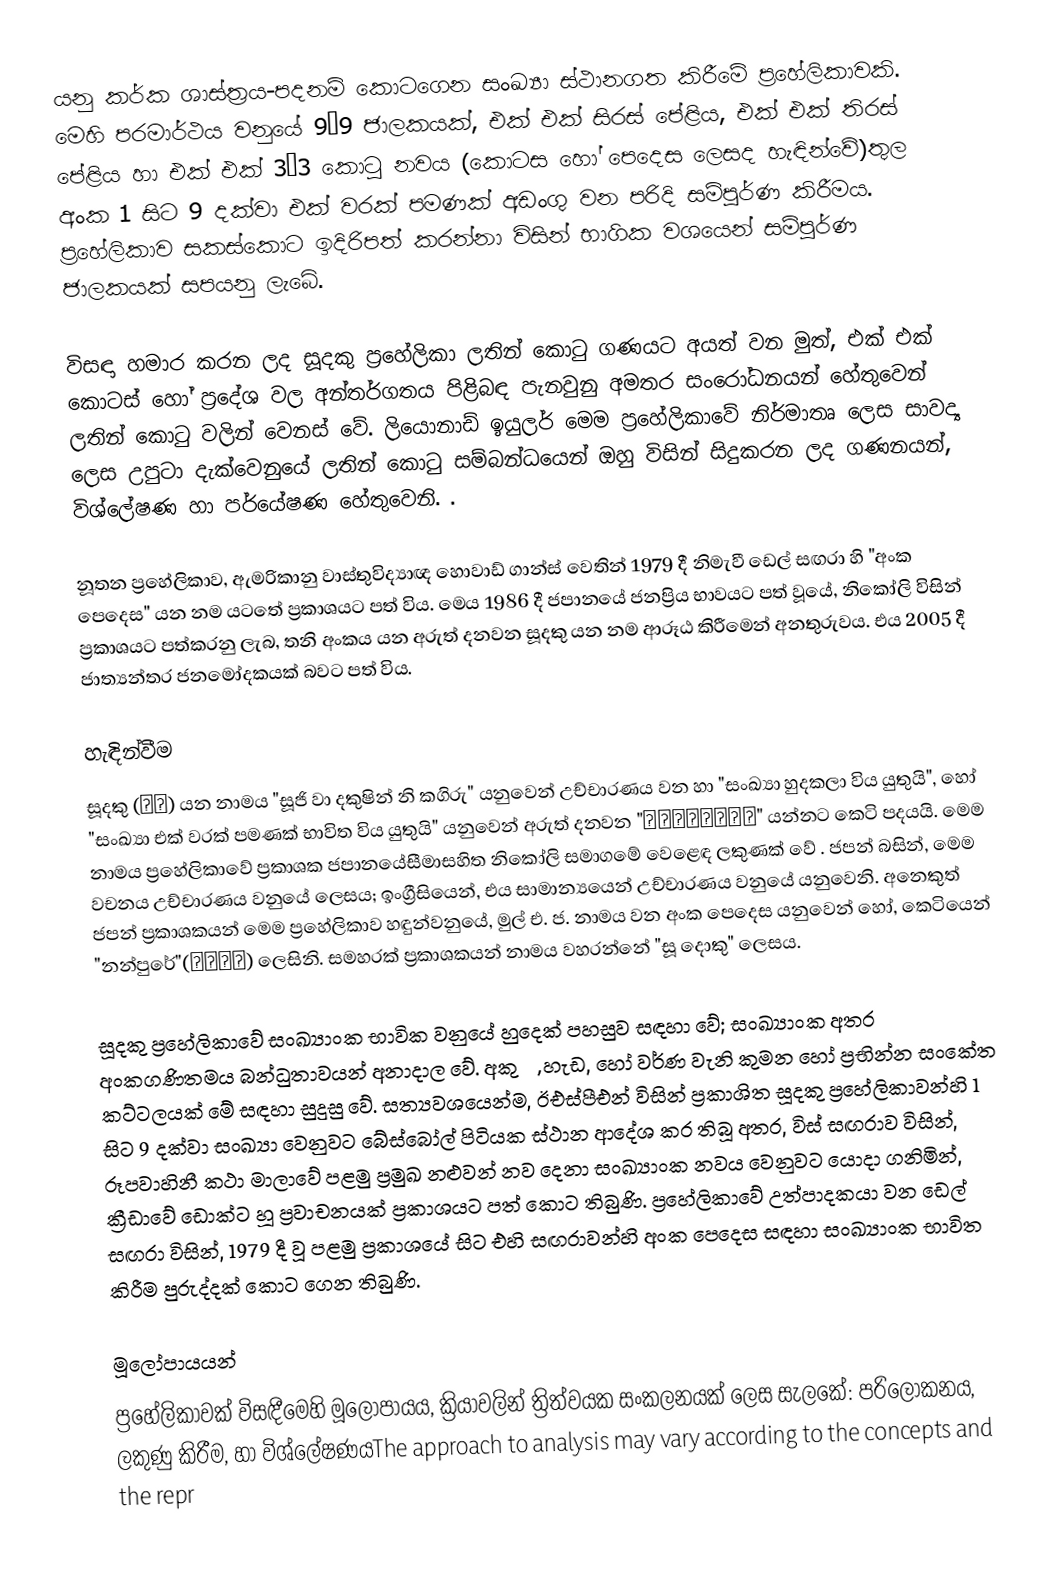
යනු  කර්ක ශාස්ත්‍රය-පදනම් කොටගෙන සංඛ්‍යා ස්ථානගත කිරීමේ ප්‍රහේලිකාවකි. මෙහි පරමාර්ථය වනුයේ  9×9 ජාලකයක්, එක් එක් සිරස් පේළිය, එක් එක් තිරස් පේළිය හා  එක් එක් 3×3 කොටු නවය (කොටස හෝ පෙදෙස ලෙසද හැඳින්වේ)තුල අංක 1 සිට 9 දක්වා එක් වරක් පමණක් අඩංගු වන පරිදි සම්පූර්ණ කිරීමය. ප්‍රහේලිකාව සකස්කොට ඉදිරිපත් කරන්නා විසින් භාගික වශයෙන් සම්පූර්ණ ජාලකයක් සපයනු ලැබේ.

විසඳා හමාර කරන ලද සූදකු ප්‍රහේලිකා ලතින් කොටු ගණයට අයත් වන මුත්, එක් එක් කොටස් හෝ ප්‍රදේශ වල අන්තර්ගතය පිළිබඳ පැනවුනු අමතර සංරෝධනයන් හේතුවෙන් ලතින් කොටු වලින් වෙනස් වේ. ලියොනාඩ් ඉයුලර් මෙම ප්‍රහේලිකාවේ නිර්මාතෘ ලෙස සාවද්‍ය ලෙස උපුටා දැක්වෙනුයේ ලතින් කොටු සම්බන්ධයෙන් ඔහු විසින් සිදුකරන ලද  ගණනයන්, විශ්ලේෂණ හා පර්යේෂණ හේතුවෙනි. .

නූතන ප්‍රහේලිකාව, ඇමරිකානු වාස්තුවිද්‍යාඥ හොවාඩ් ගාන්ස් වෙතින් 1979 දී නිමැවී ඩෙල් සඟරා හි "අංක පෙදෙස" යන නම යටතේ ප්‍රකාශයට පත් විය.   මෙය 1986 දී  ජපානයේ ජනප්‍රිය භාවයට පත් වූයේ,   නිකෝලි විසින් ප්‍රකාශයට පත්කරනු ලැබ, තනි අංකය යන අරුත් දනවන සූදකු යන නම ආරූඨ කිරීමෙන් අනතුරුවය. එය 2005 දී ජාත්‍යන්තර ජනමෝදකයක් බවට පත් විය.

හැඳින්වීම
සූදකු (数独) යන නාමය "සූජි වා දකුෂින් නි කගිරු" යනුවෙන් උච්චාරණය වන හා "සංඛ්‍යා හුදකලා විය යුතුයි", හෝ "සංඛ්‍යා එක් වරක් පමණක් භාවිත විය යුතුයි" යනුවෙන් අරුත් දනවන  "数字は独身に限る" යන්නට කෙටි පදයයි.  මෙම නාමය ප්‍රහේලිකාවේ  ප්‍රකාශක ජපානයේසීමාසහිත නිකෝලි සමාගමේ වෙළෙඳ ලකුණක් වේ . ජපන් බසින්, මෙම වචනය උච්චාරණය වනුයේ  ලෙසය; ඉංග්‍රීසියෙන්, එය සාමාන්‍යයෙන් උච්චාරණය වනුයේ  යනුවෙනි. අනෙකුත් ජපන් ප්‍රකාශකයන් මෙම ප්‍රහේලිකාව හඳුන්වනුයේ, මුල් එ. ජ. නාමය වන  අංක පෙදෙස යනුවෙන් හෝ, කෙටියෙන් "නන්පුරේ"(ナンプレ) ලෙසිනි. සමහරක් ප්‍රකාශකයන් නාමය වහරන්නේ "සූ දොකු" ලෙසය.

සූදකු ප්‍රහේලිකාවේ සංඛ්‍යාංක භාවික වනුයේ හුදෙක් පහසුව සඳහා වේ; සංඛ්‍යාංක අතර අංකගණිතමය බන්ධුතාවයන් අනාදාල වේ. අකුරු, හැඩ, හෝ වර්ණ වැනි කුමන හෝ ප්‍රභින්න සංකේත කට්ටලයක් මේ සඳහා සුදුසු වේ.  සත්‍යවශයෙන්ම, ඊඑස්පීඑන්  විසින් ප්‍රකාශිත සූදකු ප්‍රහේලිකාවන්හි 1 සිට 9 දක්වා සංඛ්‍යා වෙනුවට බේස්බෝල් පිටියක ස්ථාන ආදේශ කර තිබූ අතර, විස් සඟරාව විසින්, රූපවාහිනී කථා මාලාවේ පළමු ප්‍රමුඛ නළුවන් නව දෙනා සංඛ්‍යාංක නවය වෙනුවට යොදා ගනිමින්,  ක්‍රීඩාවේ ඩොක්ට හූ ප්‍රවාචනයක් ප්‍රකාශයට පත් කොට තිබුණි. ප්‍රහේලිකාවේ උත්පාදකයා වන ඩෙල් සඟරා විසින්, 1979 දී වූ පළමු ප්‍රකාශයේ සිට එහි සඟරාවන්හි අංක පෙදෙස සඳහා සංඛ්‍යාංක භාවිත කිරීම පුරුද්දක් කොට ගෙන තිබුණි.

මූලෝපායයන්
ප්‍රහේලිකාවක් විසඳීමෙහි මූලෝපායය, ක්‍රියාවලින් ත්‍රිත්වයක සංකලනයක් ලෙස සැලකේ: පරිලෝකනය, ලකුණු කිරීම, හා විශ්ලේෂණයThe approach to analysis may vary according to the concepts and the repr